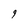
Character: 9